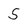
Character: S